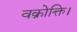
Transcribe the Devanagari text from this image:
वक्रोक्ति।